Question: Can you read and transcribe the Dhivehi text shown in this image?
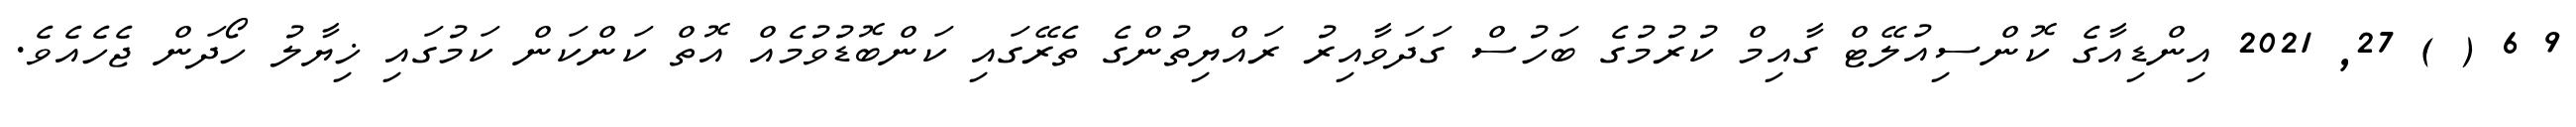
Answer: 9 6 ( ) 27, 2021 އިންޑިއާގެ ކޮންސިއުލޭޓް ގާއިމް ކުރުމުގެ ބަހުސް ގަދަވާއިރު ރައްޔިތުންގެ ތެރޭގައި ކަންބޮޑުވުމެއް އޮތް ކަންކަން ކަމުގައި ޚިޔާލު ހޯދަން ޖެހެއެވެ.